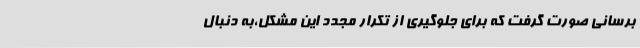
برسانی صورت گرفت که برای جلوگیری از تکرار مجدد این مشکل،به دنبال